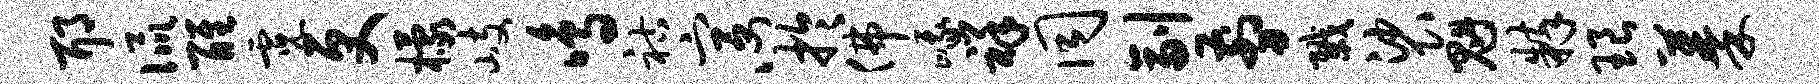
耶侃醒霓更檬岐鸣祜宫心於佛峨祥同副剪戮裟魁粹琅蓁